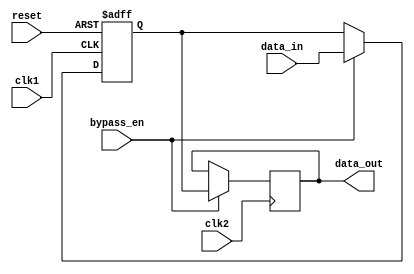
module bypass_register (
    input wire clk1,
    input wire clk2,
    input wire reset,
    input wire bypass_en,
    input wire [7:0] data_in,
    output reg [7:0] data_out
);

reg [7:0] register;

always @(posedge clk1 or posedge reset) begin
    if (reset) begin
        register <= 8'b0;
    end else begin
        if (bypass_en) begin
            register <= data_in;
        end
    end
end

always @(posedge clk2) begin
    if (bypass_en) begin
        data_out <= register;
    end
end

endmodule